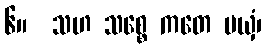
၆။  သဟ သစ္စေ ကတေ မယှံ၊